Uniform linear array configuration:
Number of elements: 16
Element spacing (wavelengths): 0.5
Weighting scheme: kaiser
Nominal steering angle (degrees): -45
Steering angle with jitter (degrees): -43.733
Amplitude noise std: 0.05
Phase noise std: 0.05

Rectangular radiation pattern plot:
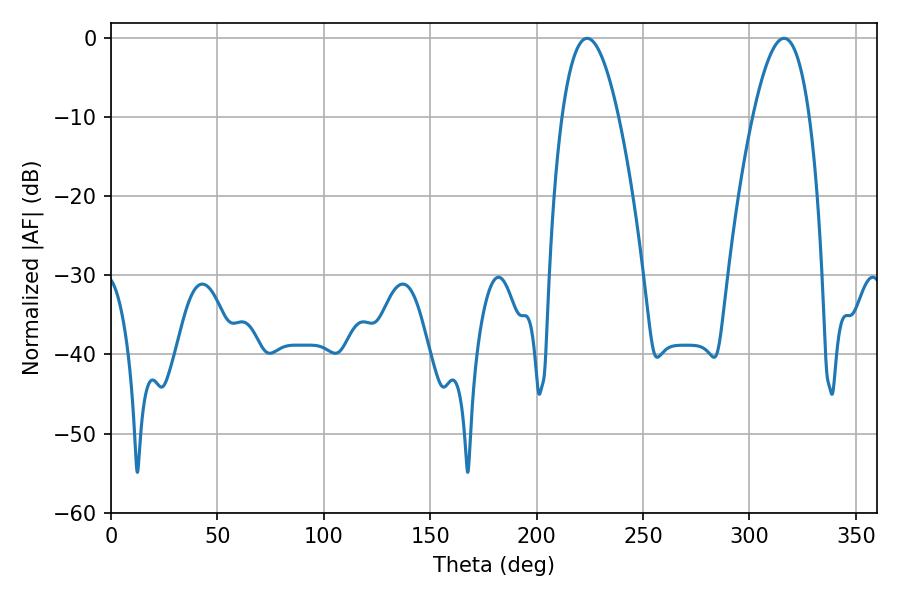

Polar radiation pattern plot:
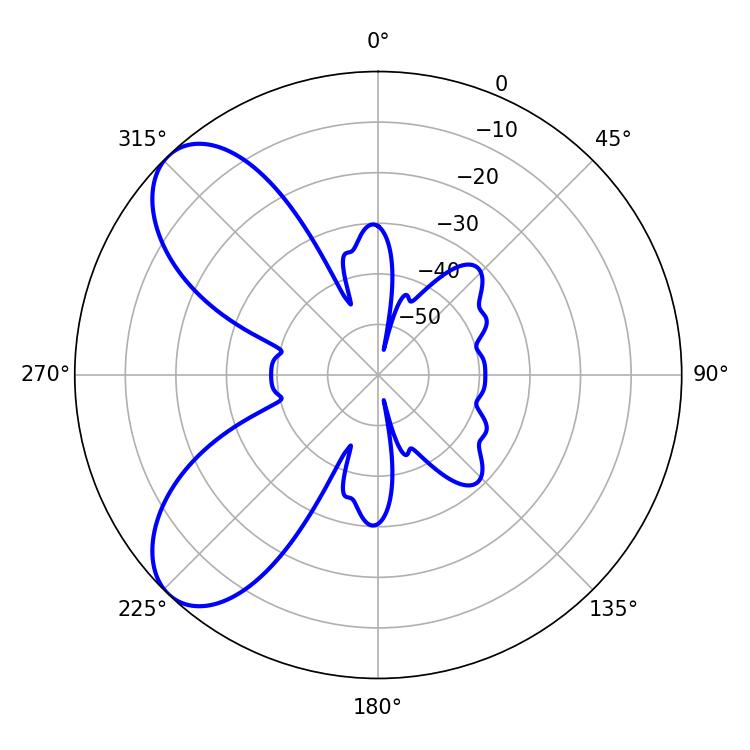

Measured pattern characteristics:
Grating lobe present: FALSE
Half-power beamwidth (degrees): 14.58
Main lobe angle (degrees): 223.74